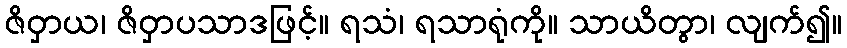
ဇိဝှာယ၊ ဇိဝှာပသာဒဖြင့်။ ရသံ၊ ရသာရုံကို။ သာယိတွာ၊ လျက်၍။